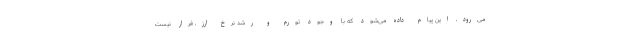
می‌رود، این پیام داده می‌شود که با وجود تورم و رشد نرخ ارز، قرار نیست